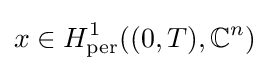
x\in H_{\rm {per}}^{1}((0,T),\mathbb {C} ^{n})